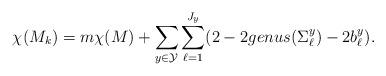
LaTeX: \begin{align*}\chi(M_k) = m\chi(M) + \sum_{y\in\mathcal{Y}}\sum_{\ell=1}^{J_y} (2-2genus(\Sigma^y_\ell) - 2b^y_\ell).\end{align*}